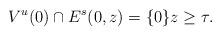
LaTeX: \begin{align*}V^u(0)\cap E^s(0,z)=\{0\} z\geq\tau.\end{align*}